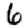
Digit: 6